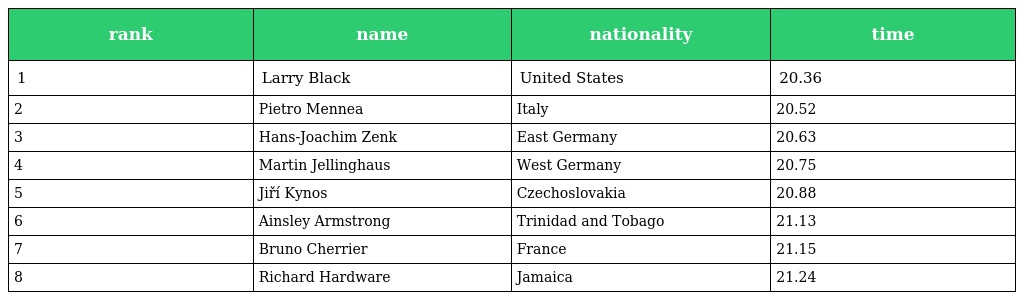
| rank | name | nationality | time |
 | --- | --- | --- | --- |
 | 1 | Larry Black | United States | 20.36 |
 | 2 | Pietro Mennea | Italy | 20.52 |
 | 3 | Hans-Joachim Zenk | East Germany | 20.63 |
 | 4 | Martin Jellinghaus | West Germany | 20.75 |
 | 5 | Jiří Kynos | Czechoslovakia | 20.88 |
 | 6 | Ainsley Armstrong | Trinidad and Tobago | 21.13 |
 | 7 | Bruno Cherrier | France | 21.15 |
 | 8 | Richard Hardware | Jamaica | 21.24 |